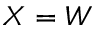
X = W